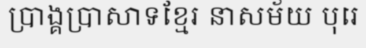
ប្រាង្គប្រាសាទខ្មែរ នាសម័យ បុរេ